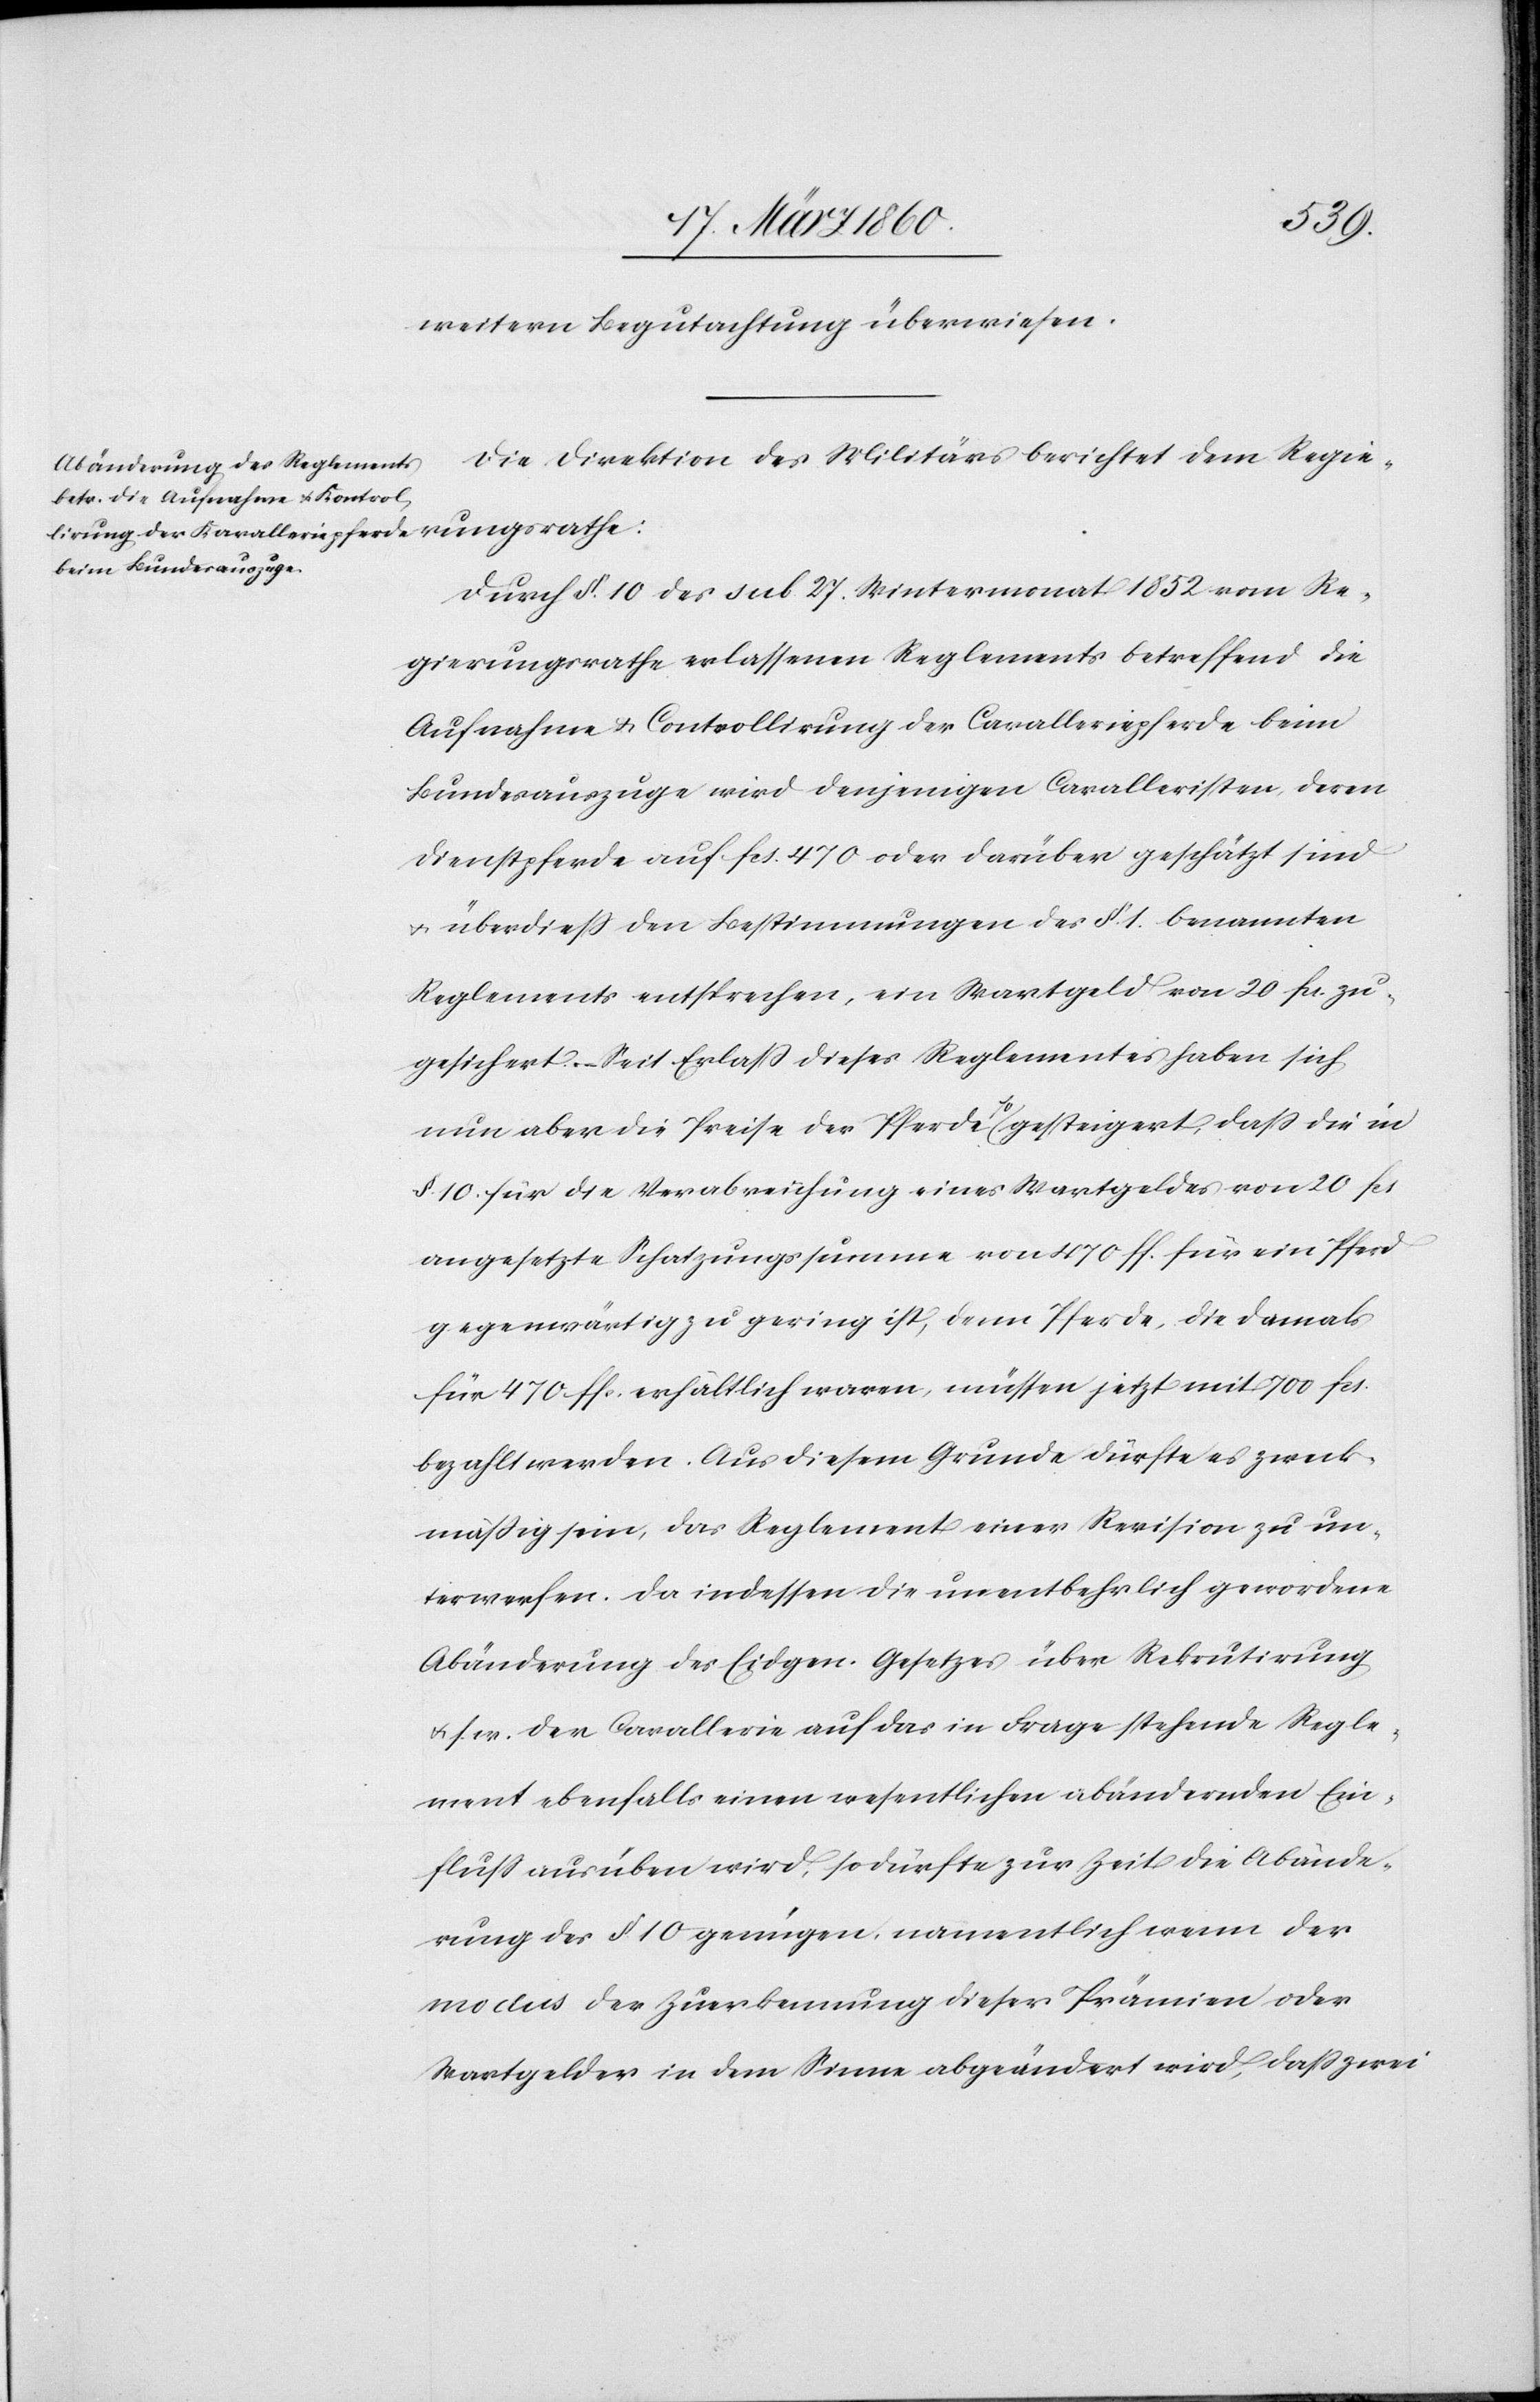
ungsrathe:
weitern Begutachtung überwiesen.
Die Direktion des Militärs berichtet dem Regier¬
Durch §. 10. des sub 27. Wintermonat 1852 vom Re¬
gierungsrathe erlassenen Reglements betreffend die
Aufnahme u. Controllirung der Cavalleriepferde beim
Bundesauszuge wird denjenigen Cavalleristen, deren
Dienstpferde auf fcs. 470 oder darüber geschätzt sind
u. überdiess den Bestimmungen des §. 1. benannten
Reglements entsprechen, ein Wartgeld von 20. fr. zu¬
gesichert. – Seit Erlass dieses Reglementes haben sich
nun aber die Preise der Pferde so gesteigert, dass die in
§. 10. für die Verabreichung eines Wartgeldes von 20 fcs.
angesetzte Schatzungssumme von 470 fl. für ein Pferd
gegenwärtig zu gering ist, denn Pferde, die damals
für 47. fl. erhältlich waren, müssen jetzt mit 700 fcs.
bezahlt werden. Aus diesem Grund dürfte es zweck¬
mässig sein, das Reglement einer Revision zu un¬
terwerfen. Da indessen die unentbehrlich gewordene
Abänderung des Eidgen. Gesetzes über Rekrutirung
u. s. w. der Cavallerie auf das in Frage stehende Regle¬
ment ebenfalls einen wesentlichen abändernden Ein¬
fluss ausüben wird, so dürfte zur Zeit die Abände¬
rung des §. 10. genügen, namentlich wenn der
modus der Zuerkennung dieser Prämien oder
Wartgelder in dem Sinne abgeändert wird, dass zwei